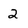
Character: 2